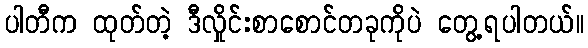
ပါတီက ထုတ်တဲ့ ဒီလှိုင်းစာစောင်တခုကိုပဲ တွေ့ရပါတယ်။